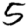
Digit: 5